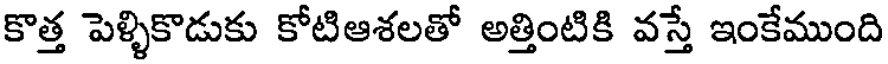
కొత్త పెళ్ళికొడుకు కోటిఆశలతో అత్తింటికి వస్తే ఇంకేముంది